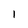
Character: 1